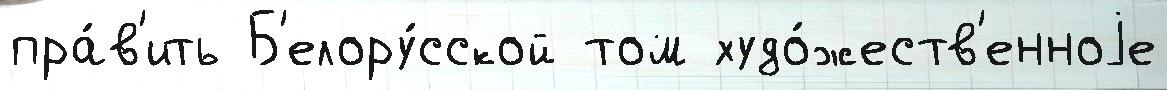
пра́в'ить Б'елору́сской том худо́жеств'енноjе